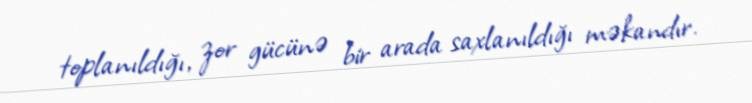
toplanıldığı, zor gücünə bir arada saxlanıldığı məkandır.